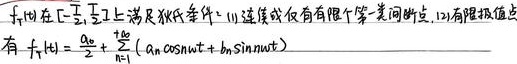
若\(f_T(t)\)在\(\left[-\frac{T}{2},\frac{T}{2}\right]\)上满足狄氏条件：(1) 连续或仅有有限个“第一类间断点，(2) 有限个极值点，有
\[f_T(t)=\frac{a_0}{2}+\sum_{n = 1}^{+\infty}(a_n\cos n\omega t + b_n\sin n\omega t)\]